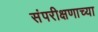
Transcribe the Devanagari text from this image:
संपरीक्षणाच्या